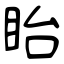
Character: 眙